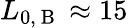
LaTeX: L_{0,\mathrm{~B~}}\approx 15